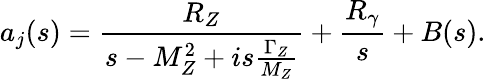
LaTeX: a_{j}(s)=\frac{R_{Z}}{s-M_{Z}^{2}+is\frac{\Gamma_{Z}}{M_{Z}}}+\frac{R_{\gamma}}{s}+B(s).